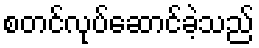
စတင်လုပ်ဆောင်ခဲ့သည်